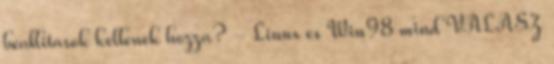
beallitasok kellenek hozza? - Linux es Win98 mind VÁLASZ